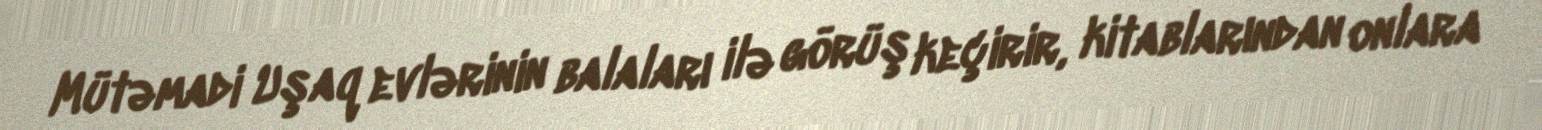
Mütəmadi Uşaq evlərinin balaları ilə görüş keçirir, kitablarından onlara